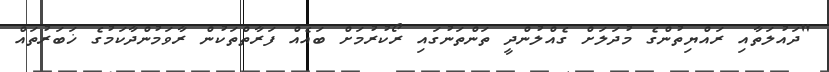
"ދައުލަތާއި ރައްޔިތުންގެ މުދަލަށް ގެއްލުންދީ ތަންތަނުގައި ރޯކުރުމަށް ބައެއް ފަރާތްތަކުން ރާވަމުންދާކަމުގެ ޚަބަރުތައް